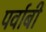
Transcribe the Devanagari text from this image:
पर्वाबी